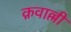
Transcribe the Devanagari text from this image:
क़वाल्ली